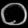
Digit: ၀